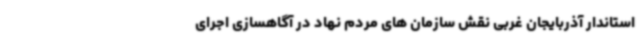
استاندار آذربایجان غربی نقش سازمان های مردم نهاد در آگاهسازی اجرای